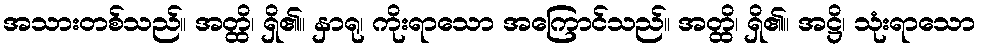
အသားတစ်သည်။ အတ္ထိ၊ ရှိ၏။ နှာရု၊ ကိုးရာသော အကြောင်သည်။ အတ္ထိ၊ ရှိ၏။ အဋ္ဌိ၊ သုံးရာသော